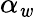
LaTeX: \alpha_{\mathit{w}}